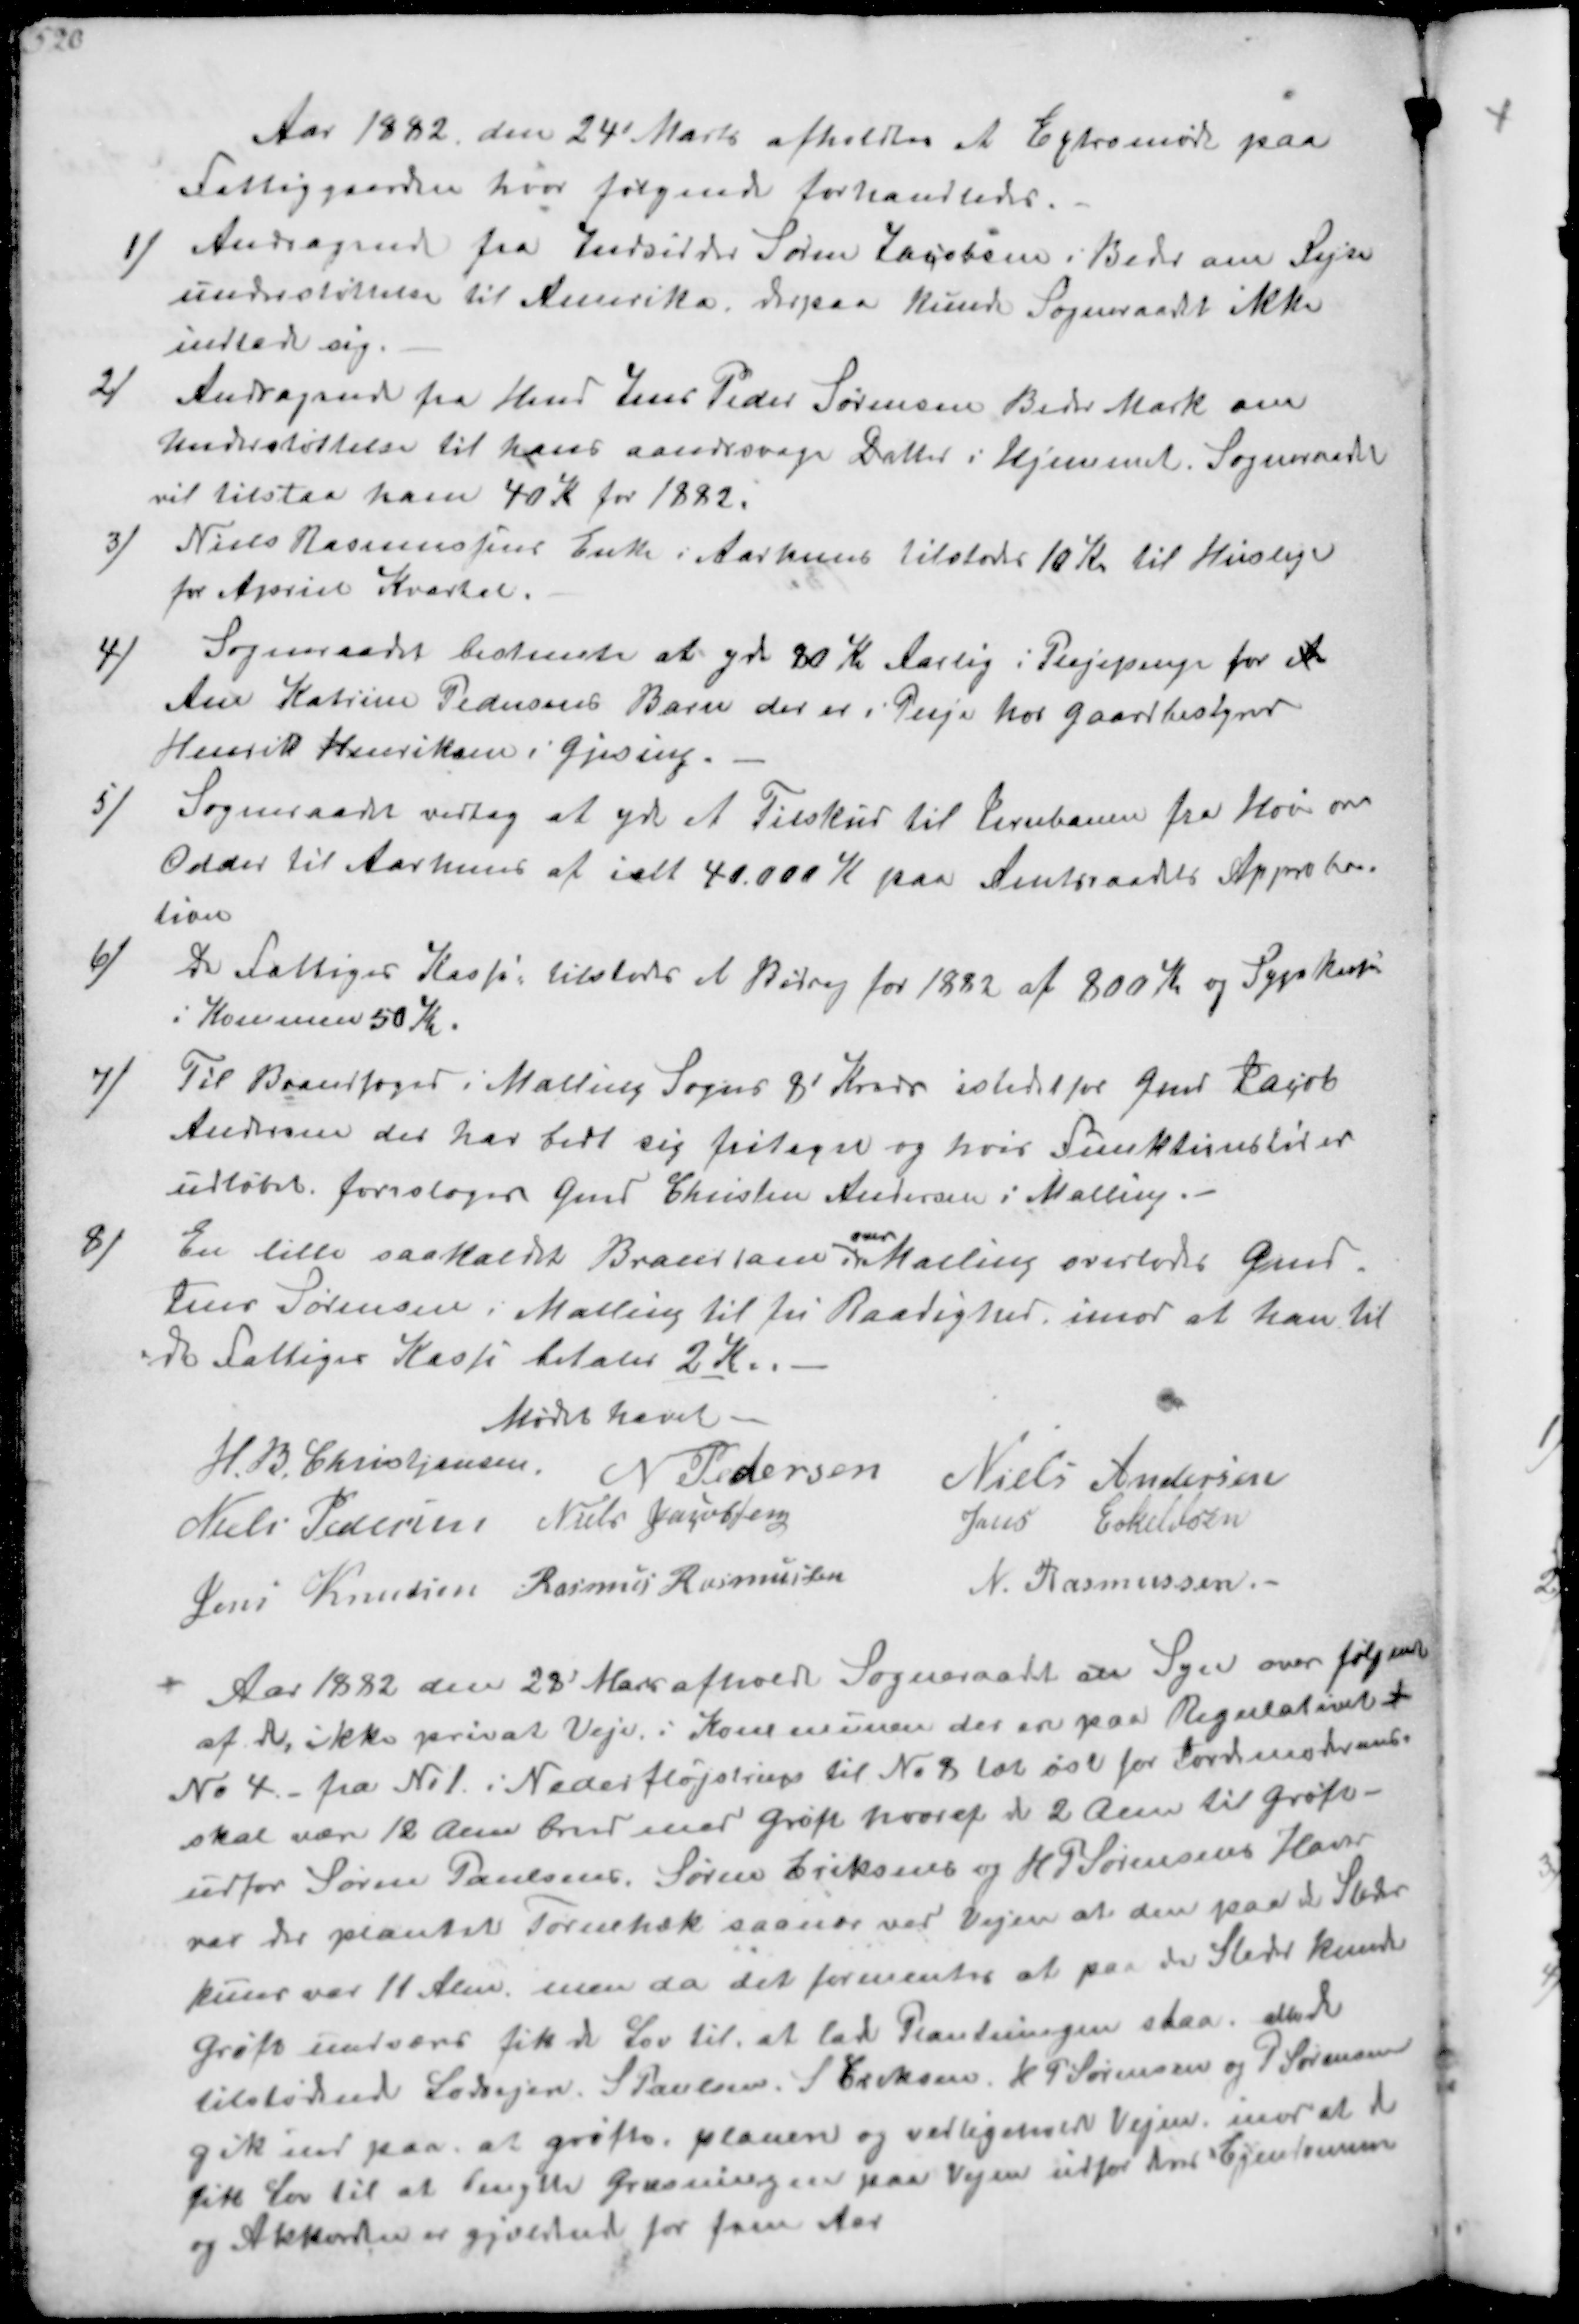
Transskription:
Aar 1882 den 24 Marts afholdtes et Extramøde paa
Fattiggåarden hvor følgende forhandledes.
1/ Andragende fra Indsidder Søren Jacobsen i Beder om Rejse-
understøttelse til Amerika, derpaa Kunde Sogneraadt ikke
indlade sig
2/
Andragende fra Hmd Peder Sørensen Beder Mark om
Understøttelse til hans aandssvage Datter i Hjemmet. Sogneraadet
vil tilstaa ham 40 K for 1822.
3/
Niels Rasmussens Enke i Aarhus tilstodes 10 Kr til Husleje
for April Kvartal.
4/
Sogneraadet bestemte at yde 20 Kr Aarlig i Plejepenge for A
Ane Katrine Pedersens Barn der er i Peje hos gaardbestyrer
Henrik Henriksen i Gjesing.
5/
Sogneraadet vedtog at yde et Tilskud til Jernbanen fra Hou over
Odder til Aarhuus af ialt 40.000 K paa Amtsraadets Approba-
tion
6/
De Fattiges Kasse tilstodes et Bidrag for 1882 af 800 Kr og Sygkassen
i Kommunen 50 Kr
7/
Til Brandfoged i Malling Sogns 8' Kreds istedet for Gmd Jacob
Andersen der har bedt sig fritaget og hvis Funktionstid er
udløbet foresloges Gmd Christen Andersen i Malling.
8/
En lille saakaldt Branddam i
over
Malling overlodes Gmd
Jens Sørensen i Malling til fri Raadighed, imod at han til
de Fattiges Kasse betaler 2 Kr
Mødet hævet.
H.B. Christjansen
N Pedersen
Niels Andersen
Niels Pedersen
Niels Jacobsen
Jens Eskildsen
Jens Knudsen
Rasmus Rasmussen
N. Rasmussen

Aar 1882 den 28' Marts afholdt Sogneraadet en Syn over følgende
af de, ikke privat Veje. i Kommunen der er paa Regulativet i
No 4 fra No1 i Nederfløjstrup til No 8 løb øst for Jordemoderhuset
skal være 12 Alen bred med grøft hvoraf de 2 Alen til Grøft-
udfor Søren Paulsens Søren Eriksens og H P Sørensens Haver
var der plantet Tornehæk saa nær ved Vejen at den paa de Steder
kuns var 11 Alen, men da det formentes at paa de Steder kunde
grøft undværes fik de Lov til, at lade Plantningen staa da de
tilstødende Lodejere. S Paulsen J Eriksen, K P Sørensen og P Sørensen
gik ind paa at grøften. planeres og vedligeholde Vejen mod at de
fik Lov lil at benytte Græsningen paa Vejen udfor deres Ejendommen
og Akkorden er gjældende for fem Aar